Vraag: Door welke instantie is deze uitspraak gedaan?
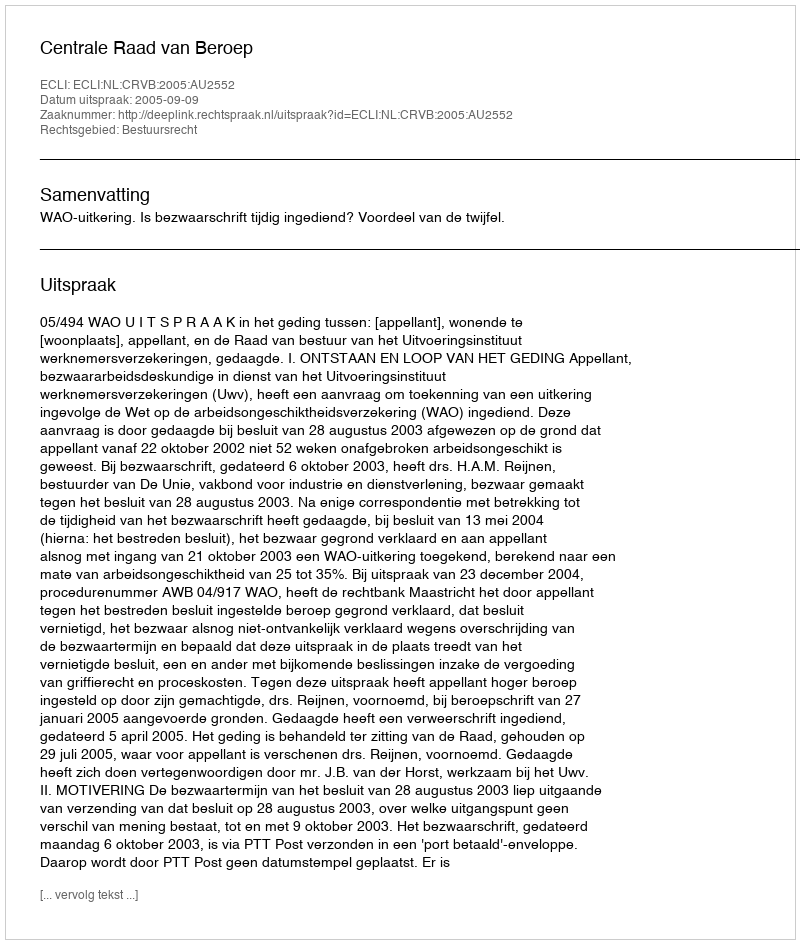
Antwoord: Centrale Raad van Beroep